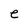
Character: e